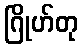
ဂြိုဟ်တု